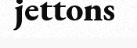
jettons